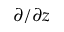
\partial / \partial z